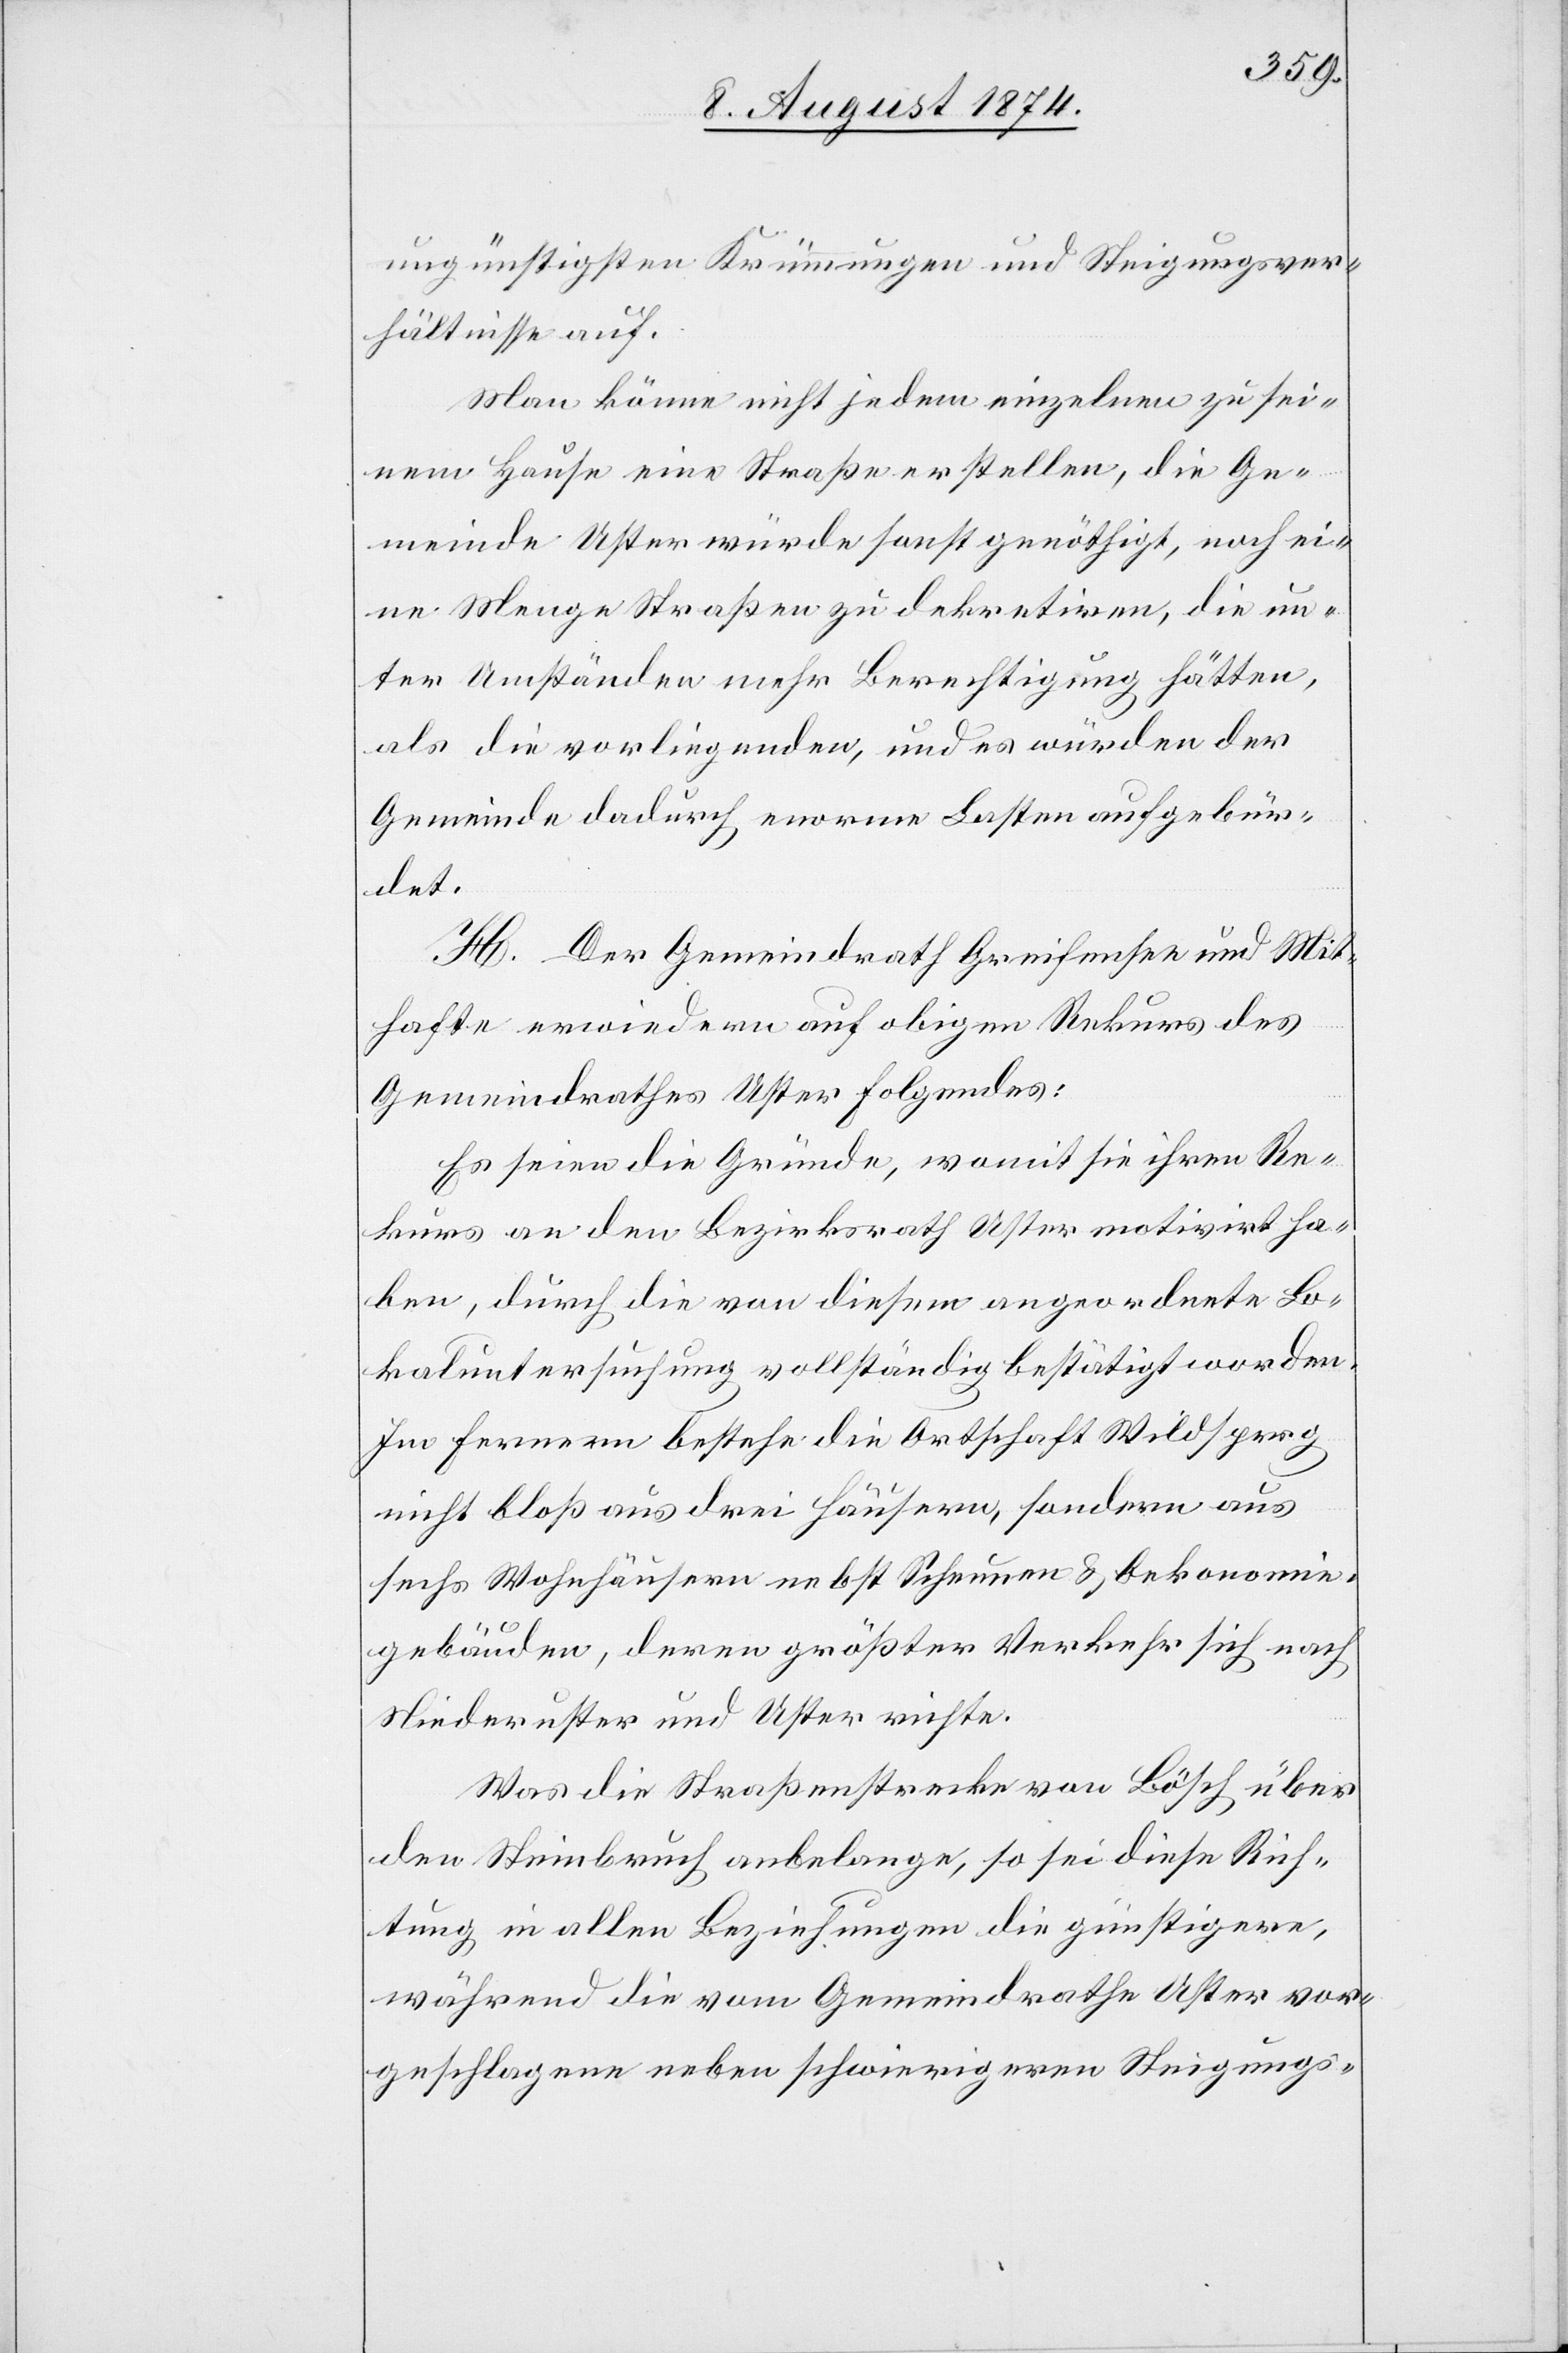
ungünstigsten Krümmungen und Steigungsver¬
hältnisse auf.
Man könne nicht jedem einzelnen zu sei¬
nem Hause eine Straße erstellen, die Ge¬
meinde Uster würde sonst genöthigt, noch ei¬
ne Menge Straßen zu dekretiren, die un¬
ter Umständen mehr Berechtigung hätten,
als die vorliegenden, und es würden der
Gemeinde dadurch enorme Lasten aufgebür¬
det.
H. Der Gemeindrath Greifensee und Mit¬
hafte erwiedern auf obigen Rekurs des
Gemeindrathes Uster Folgendes:
Es seien die Gründe, womit sie ihren Re¬
kurs an den Bezirksrath Uster motivirt ha¬
ben, durch die von diesem angeordnete Lo¬
kaluntersuchung vollständig bestätigt worden.
Im fernern bestehe die Ortschaft Wildsperg
nicht bloß aus drei Häusern, sondern aus
sechs Wohnhäusern nebst Scheunen u. Oekonomie¬
gebäuden, deren größter Verkehr sich nach
Niederuster und Uster richte.
Was die Straßenstrecke von Bösch über
den Steinbruch anbelange, so sei diese Rich¬
tung in allen Beziehungen die günstigere,
während die vom Gemeindrathe Uster vor¬
geschlagene neben schwierigeren Steigungs-